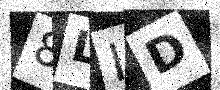
Text: 8LID